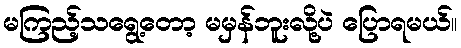
မကြည့်သရွေ့တော့ မမှန်ဘူးလို့ပဲ ပြောရမယ်။